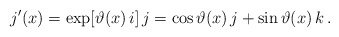
\begin{align*}j'(x) = \exp[\vartheta(x)\,i]\,j = \cos\vartheta(x)\,j + \sin\vartheta(x)\,k\,.\end{align*}